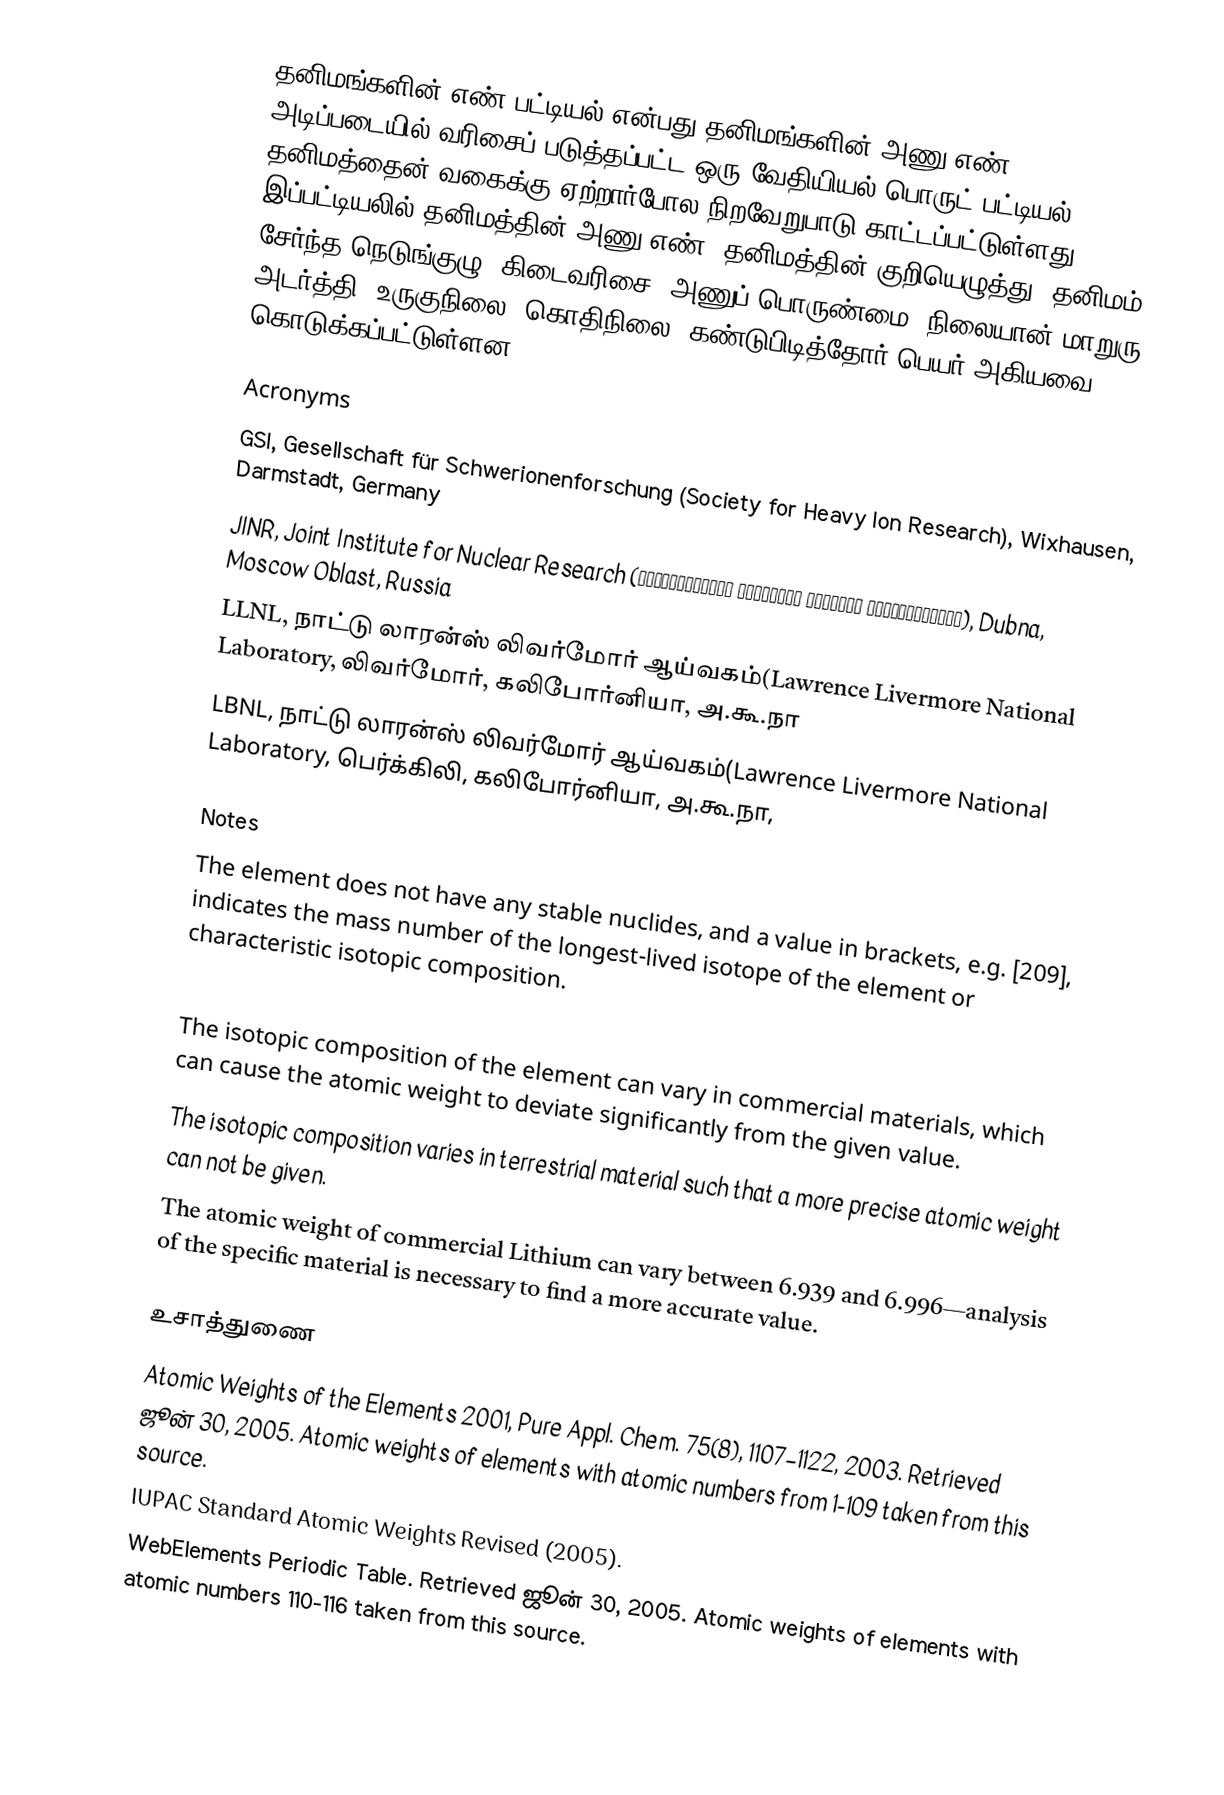
தனிமங்களின் எண் பட்டியல் என்பது தனிமங்களின் அணு எண் அடிப்படையில் வரிசைப் படுத்தப்பட்ட ஒரு வேதியியல் பொருட் பட்டியல். தனிமத்தைன் வகைக்கு ஏற்றார்போல நிறவேறுபாடு காட்டப்பட்டுள்ளது. இப்பட்டியலில் தனிமத்தின் அணு எண், தனிமத்தின் குறியெழுத்து, தனிமம் சேர்ந்த நெடுங்குழு, கிடைவரிசை, அணுப் பொருண்மை, நிலையான் மாறுரு, அடர்த்தி, உருகுநிலை, கொதிநிலை, கண்டுபிடித்தோர் பெயர் அகியவை கொடுக்கப்பட்டுள்ளன.

Acronyms
 GSI, Gesellschaft für Schwerionenforschung (Society for Heavy Ion Research), Wixhausen, Darmstadt, Germany
 JINR, Joint Institute for Nuclear Research (Объединённый институт ядерных исследований), Dubna, Moscow Oblast, Russia
 LLNL, நாட்டு லாரன்ஸ் லிவர்மோர் ஆய்வகம்(Lawrence Livermore National Laboratory, லிவர்மோர், கலிபோர்னியா, அ.கூ.நா
 LBNL, நாட்டு லாரன்ஸ் லிவர்மோர் ஆய்வகம்(Lawrence Livermore National Laboratory, பெர்க்கிலி, கலிபோர்னியா, அ.கூ.நா,

Notes
 The element does not have any stable nuclides, and a value in brackets, e.g. [209], indicates the mass number of the longest-lived isotope of the element or characteristic isotopic composition.
 The isotopic composition of this element varies in some geological specimens, and the variation may exceed the uncertainty stated in the table.
 The isotopic composition of the element can vary in commercial materials, which can cause the atomic weight to deviate significantly from the given value.
 The isotopic composition varies in terrestrial material such that a more precise atomic weight can not be given.
 The atomic weight of commercial Lithium can vary between 6.939 and 6.996—analysis of the specific material is necessary to find a more accurate value.

உசாத்துணை
Atomic Weights of the Elements 2001, Pure Appl. Chem. 75(8), 1107–1122, 2003. Retrieved ஜூன் 30, 2005.  Atomic weights of elements with atomic numbers from 1-109 taken from this source.
IUPAC Standard Atomic Weights Revised  (2005).
WebElements Periodic Table.  Retrieved ஜூன் 30, 2005.  Atomic weights of elements with atomic numbers 110-116 taken from this source.